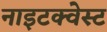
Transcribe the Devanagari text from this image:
नाइटक्वेस्ट